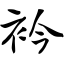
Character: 衿